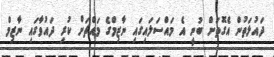
ދައުލަތުން އެގޮތަށް ބުނީ އެ މައްސަލައިގައި ނާޒިމްގެ މައްޗަށް ކުރި ދައުވާގައި ނާޒިމް